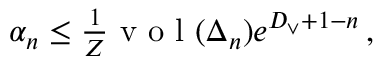
\begin{array} { r } { \alpha _ { n } \le \frac { 1 } { Z } \textrm { v o l } ( \Delta _ { n } ) e ^ { D _ { \vee } + 1 - n } \, , } \end{array}